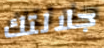
جلالتك